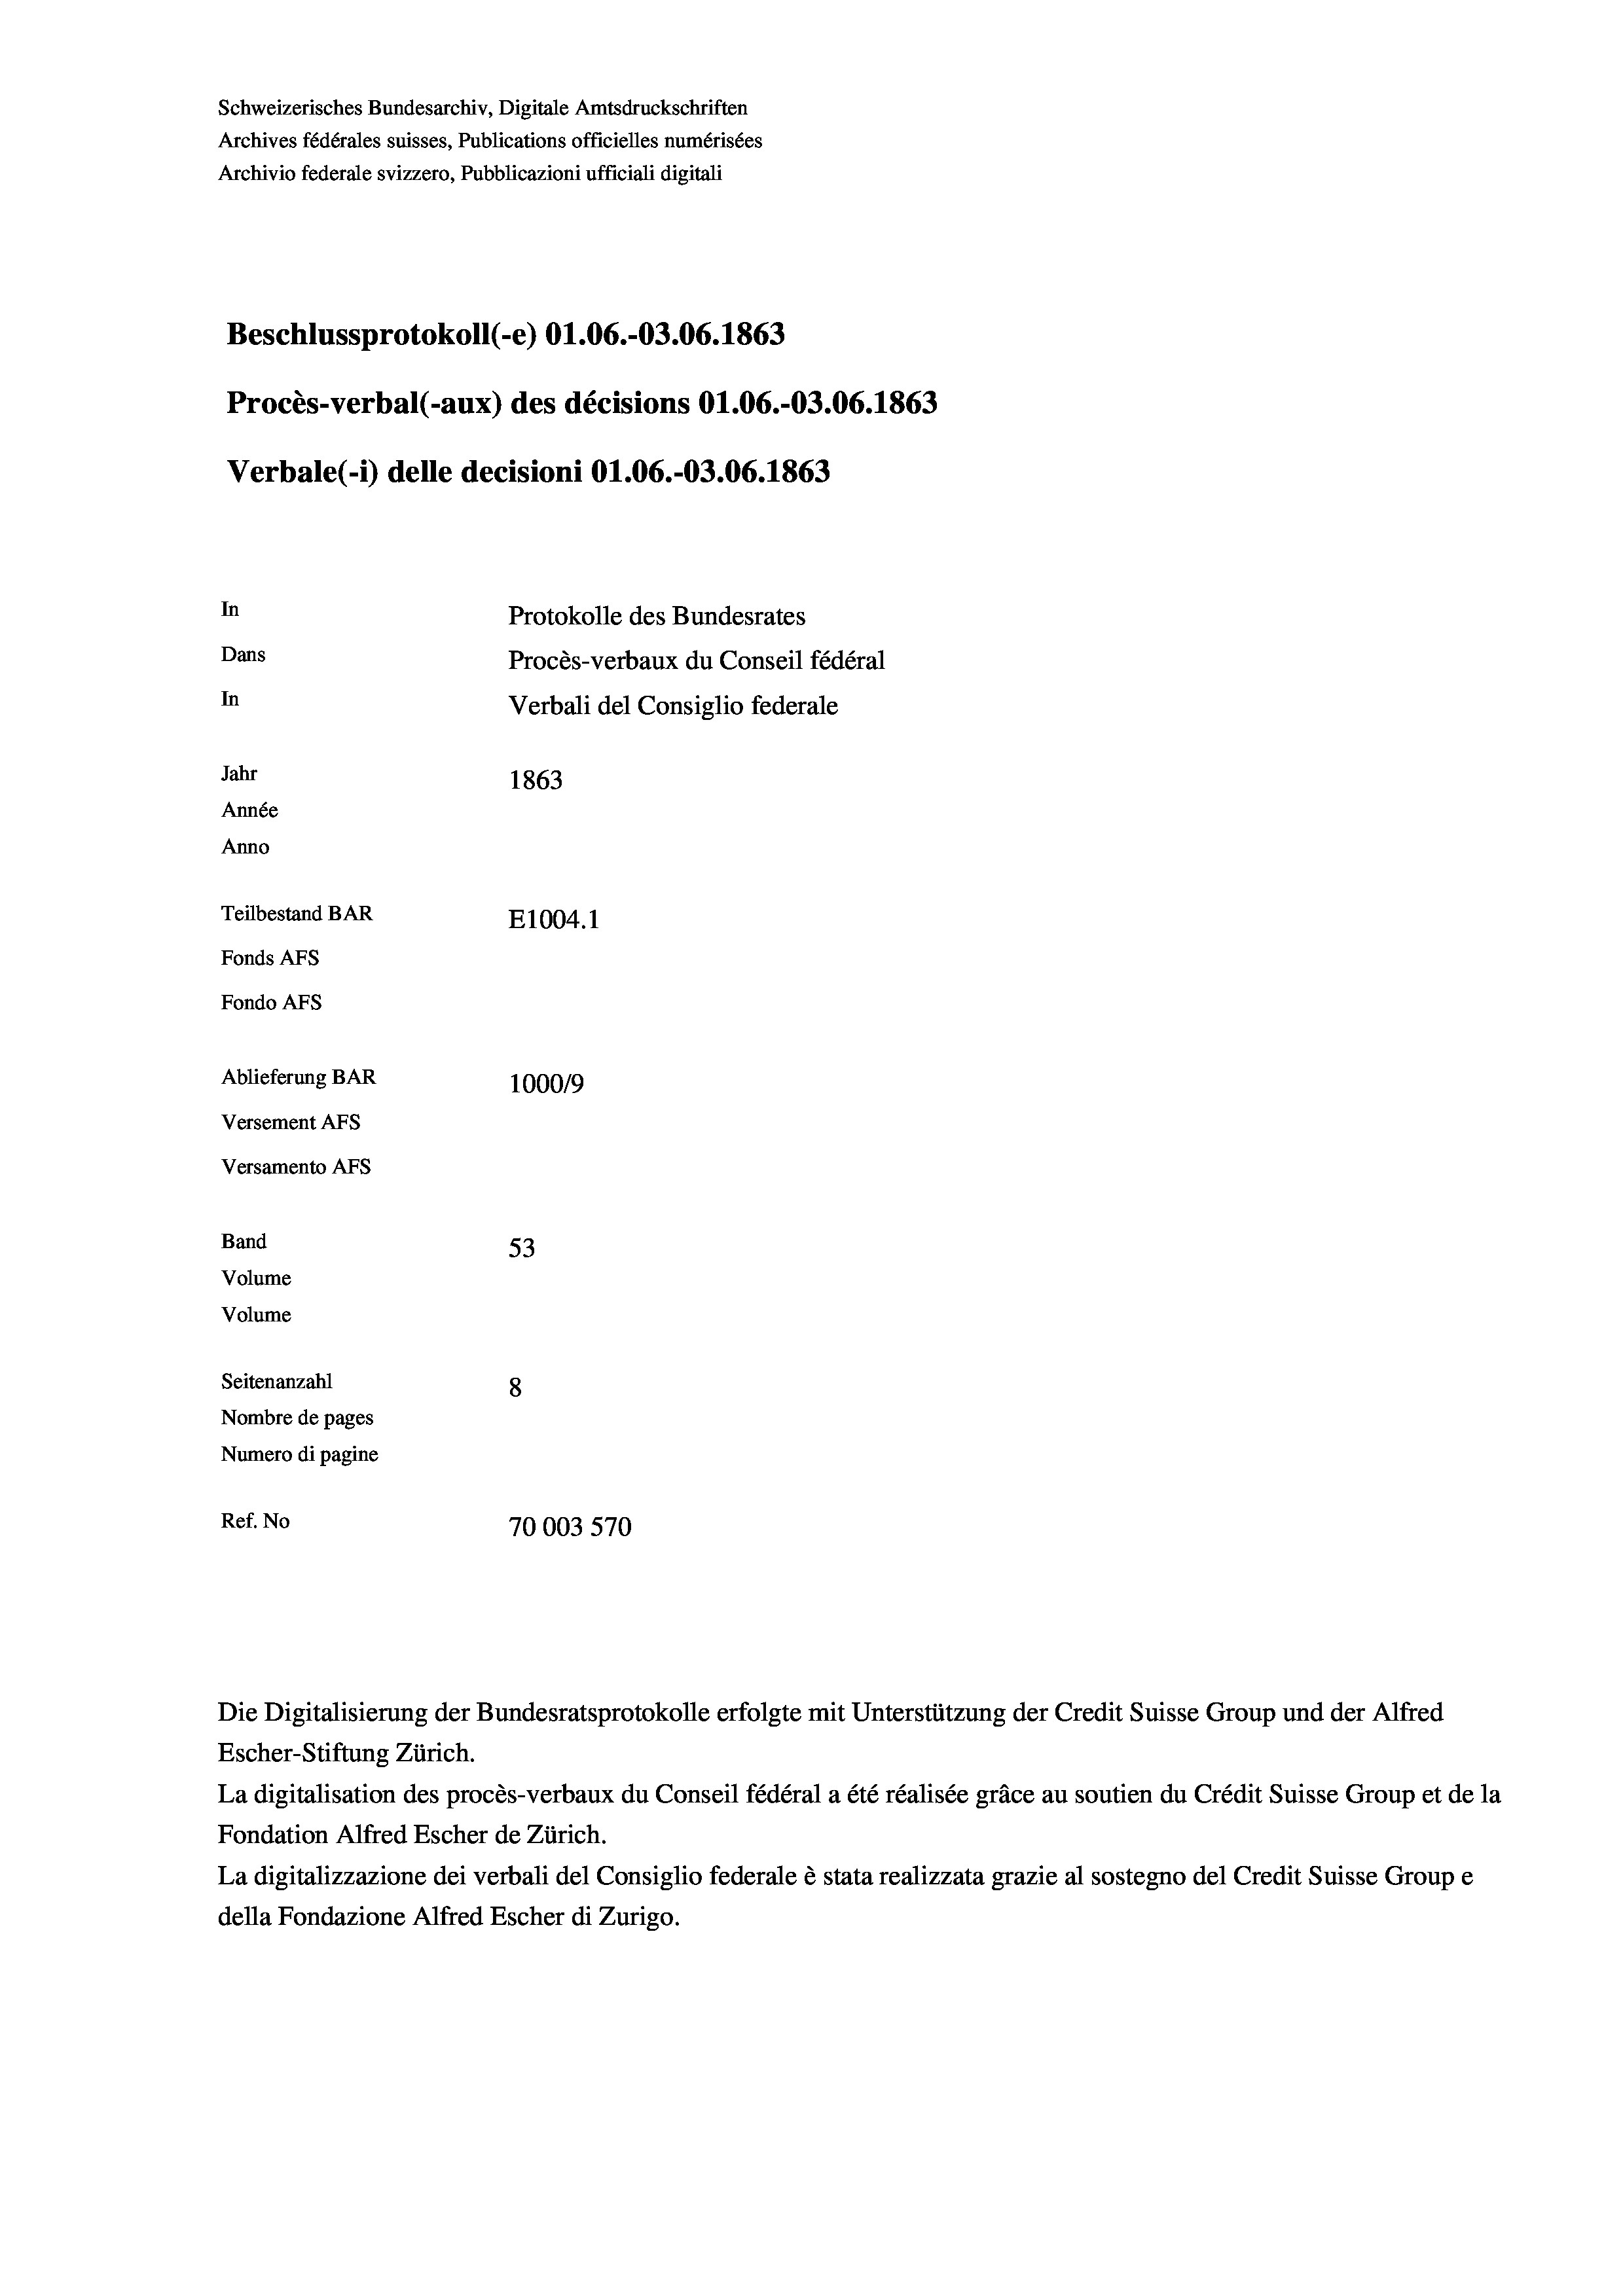
Schweizerisches Bundesarchiv, Digitale Amtsdruckschriften
Archives fédérales suisses, Publications officielles numérisées
Archivio federale svizzero, Pubblicazioni ufficiali digitali
Beschlussprotokoll (-e) O1.06.-03.06. 1863
Procès-verbal (-aux) des décisions O1.06.-03.06. 1863
Verbale (i) delle decisioni Ol.06.-O3.06. 1863
In
Protokolle des Bundesrates
Dans
Procès-verbaux du Conseil fédéral
In
Verbali del Consiglio federale
Jahr
1863
Année
Anno
Teilbestand BAR
E1004. 1
Fonds AFs
Fondo AFS
Ablieferung BAR
100019
Versement AFs
Versamento Afs

53
Seitenanzahl
8
Nombre de pages
Numero di pagine
Ref. No
70003570

Band
Volume

Volume

Escher-Stiftung Zürich.
La digitalisation des procès-verbaux du Conseil fédéral a été réalisée gräce au soutien du Crédit Suisse Group et de la
Fondation Alfred Escher de Zürich.
La digitalizzazione dei verbali del Consiglio federale è stata realizzata grazie al sostegno del Credit Suisse Groupe
della Fondazione Alfred Escher di Zurigo.

Die Digitalisierung der Bundesratsprotokolle erfolgte mit Unterstützung der Credit Suisse Group und der Alfred